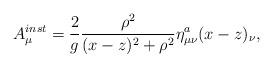
LaTeX: \begin{align*}A_{\mu}^{inst} = \frac {2}{g} \frac {\rho^2}{(x-z)^2+\rho^2}\eta_{\mu \nu}^{a} (x-z)_{\nu},\end{align*}